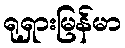
ရုရှားမြန်မာ